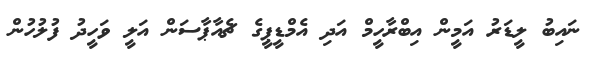
ނައިބު ލީޑަރު އަމީން އިބްރާހީމް އަދި އެމްޑީޕީގެ ޗެއާޕާސަން އަލީ ވަހީދު ފުލުހުން